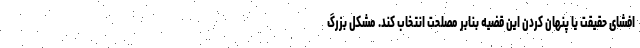
افشای حقیقت یا پنهان کردن این قضیه بنابر مصلحت انتخاب کند. مشکل بزرگ